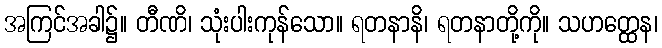
အကြင်အခါ၌။ တီဏိ၊ သုံးပါးကုန်သော။ ရတနာနိ၊ ရတနာတို့ကို။ သဟတ္ထေန၊